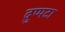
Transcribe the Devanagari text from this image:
दुप्पटा